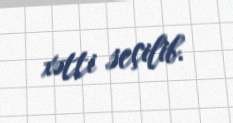
xətti seçilib.